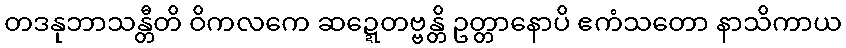
တဒနုဘာသန္တီတိ ဝိကလကေ ဆဍ္ဍေတဗ္ဗန္တိ ဥတ္တာနောပိ ဧကံသတော နာသိကာယ